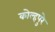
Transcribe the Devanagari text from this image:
कोल्हपुरे